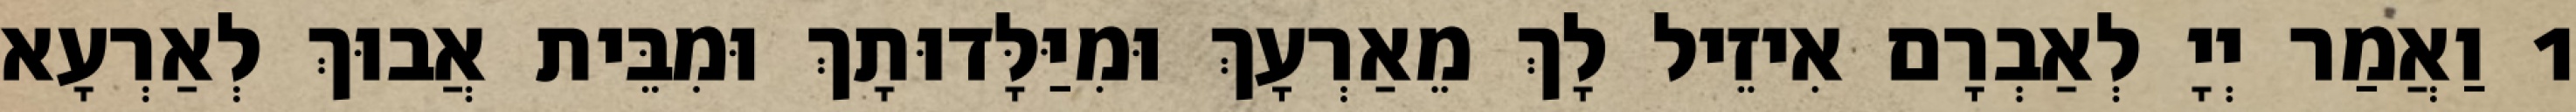
1 וַאֲמַר יְיָ לְאַבְרָם אִיזֵיל לָךְ מֵאַרְעָךְ וּמִיַּלָּדוּתָךְ וּמִבֵּית אֲבוּךְ לְאַרְעָא